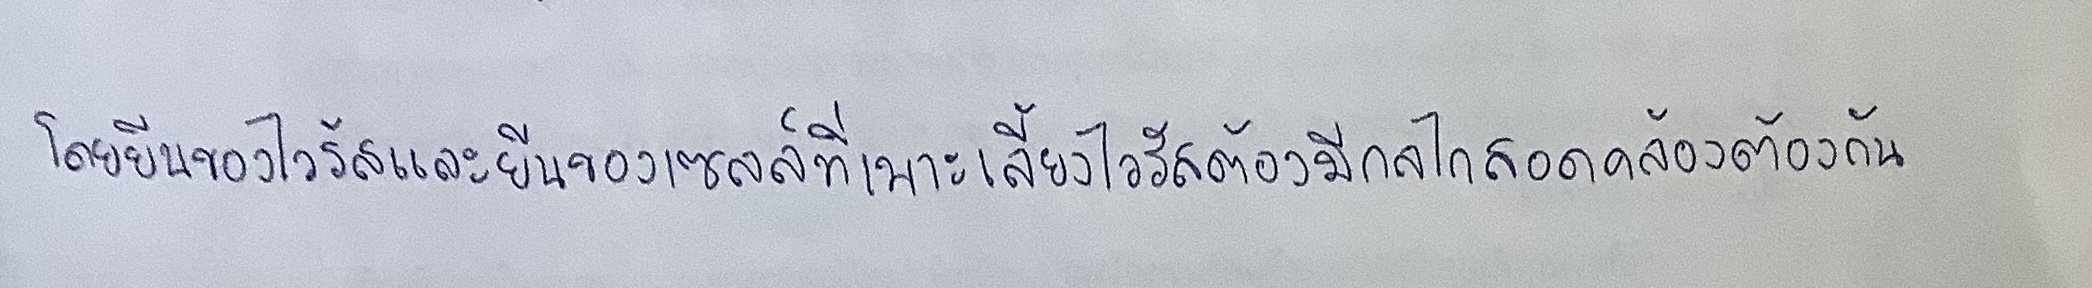
โดยยีนของไวรัสและยีนของเซลล์ที่เพาะเลี้ยงไวรัสต้องมีกลไกสอดคล้องต้องกัน